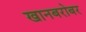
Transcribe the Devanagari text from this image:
खानबरोबर